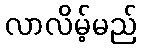
လာလိမ့်မည်